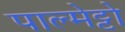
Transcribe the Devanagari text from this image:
पाल्मेट्टो